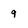
Character: 9